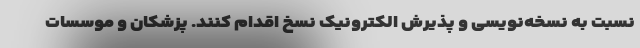
نسبت به نسخه‌نویسی و پذیرش الکترونیک نسخ اقدام کنند. پزشکان و موسسات